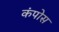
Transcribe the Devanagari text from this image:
कंपोस